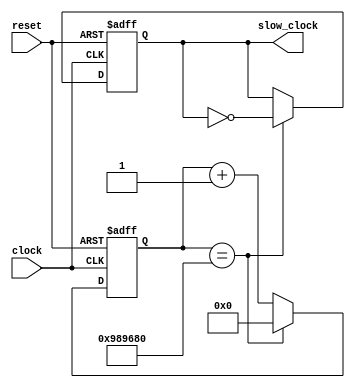
`timescale 1ns / 1ps

module clock_divider(
	input clock, 
	input reset, 
	output reg slow_clock
);

//parameter clock_limit = 100;          //simulation
parameter clock_limit = 100000000/10;    //emulation

reg [29:0] clk_counter;

always @(posedge clock or negedge reset) begin 
	if(!reset) begin
		clk_counter <= 30'b0;
		slow_clock	<= 1'b0;
	end else if (clk_counter == clock_limit) begin 
			clk_counter <= 0;
			slow_clock <= ~slow_clock; 
	end else 
			clk_counter <= clk_counter+1;
end

endmodule